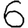
Digit: 6